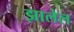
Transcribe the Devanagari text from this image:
झालेल